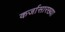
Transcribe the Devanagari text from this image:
कर्जासारख्या